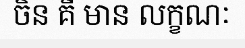
ចិន គឺ មាន លក្ខណៈ